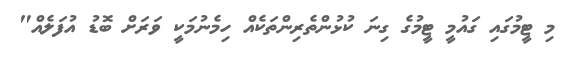
މި ޓީމުގައި ގައުމީ ޓީމުގެ ގިނަ ކުޅުންތެރިންތަކެއް ހިމެނުމަކީ ވަރަށް ބޮޑު އުފަލެއް"